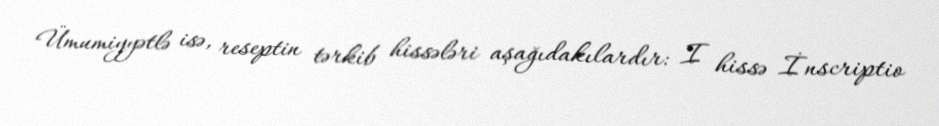
Ümumiyyətlə isə, reseptin tərkib hissələri aşağıdakılardır: I hissə İnscriptio